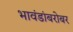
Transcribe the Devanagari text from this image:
भावंडांबरोबर